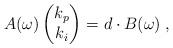
LaTeX: \begin{align*} A(\omega) \begin{pmatrix} k_{p} \\ k_{i} \end{pmatrix} = d\cdot B(\omega) \;,\end{align*}